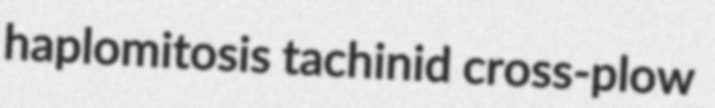
haplomitosis tachinid cross-plow